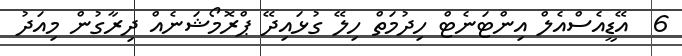
6  އޭޑީއެސްއެލް އިންޓަނެޓް ހިދުމަތް ހިލޭ ގުޅައިދޭ ޕްރޮމޯޝަނެއް ދިރާގުން މިއަދު